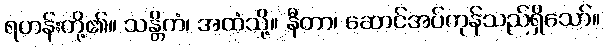
ရဟန်းတို့၏။ သန္တိကံ၊ အထံသို့။ နီတာ၊ ဆောင်အပ်ကုန်သည်ရှိသော်။